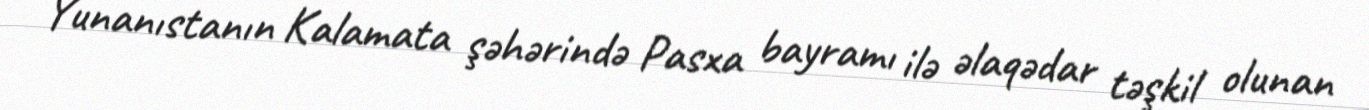
Yunanıstanın Kalamata şəhərində Pasxa bayramı ilə əlaqədar təşkil olunan